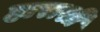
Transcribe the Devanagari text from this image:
हाराशी